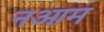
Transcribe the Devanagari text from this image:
नआम